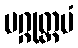
မဂ္ဂုတ္တမံ